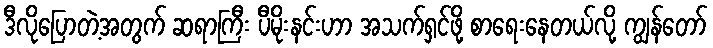
ဒီလိုပြောတဲ့အတွက် ဆရာကြီး ပီမိုးနင်းဟာ အသက်ရှင်ဖို့ စာရေးနေတယ်လို့ ကျွန်တော်